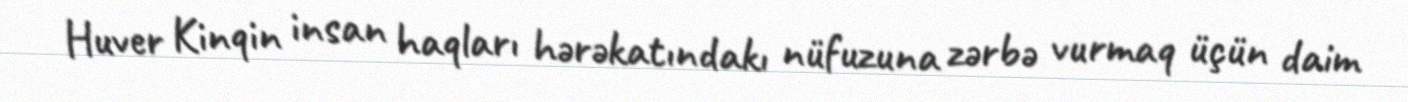
Huver Kinqin insan haqları hərəkatındakı nüfuzuna zərbə vurmaq üçün daim